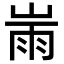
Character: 𡸹